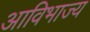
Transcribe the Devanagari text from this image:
आविभाज्य